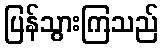
ပြန်သွားကြသည်